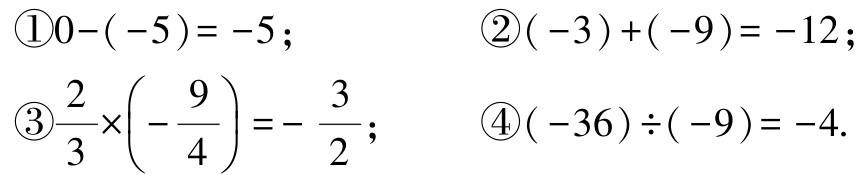
\textcircled{1}$0 - (-5)= -5$； \textcircled{2}$(-3)+(-9)= -12$；

\textcircled{3}$\dfrac{2}{3}\times\left(-\dfrac{9}{4}\right)=-\dfrac{3}{2}$； \textcircled{4}$(-36)\div(-9)= -4$.